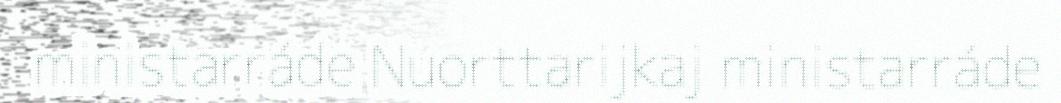
ministarráde Nuorttarijkaj ministarráde